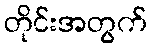
တိုင်းအတွက်